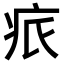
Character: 𤵑